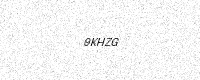
Text: 9KHZG